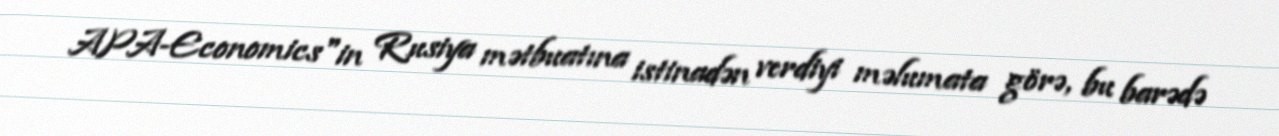
APA-Economics"in Rusiya mətbuatına istinadən verdiyi məlumata görə, bu barədə